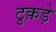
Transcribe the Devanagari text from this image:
टुक़ड़े